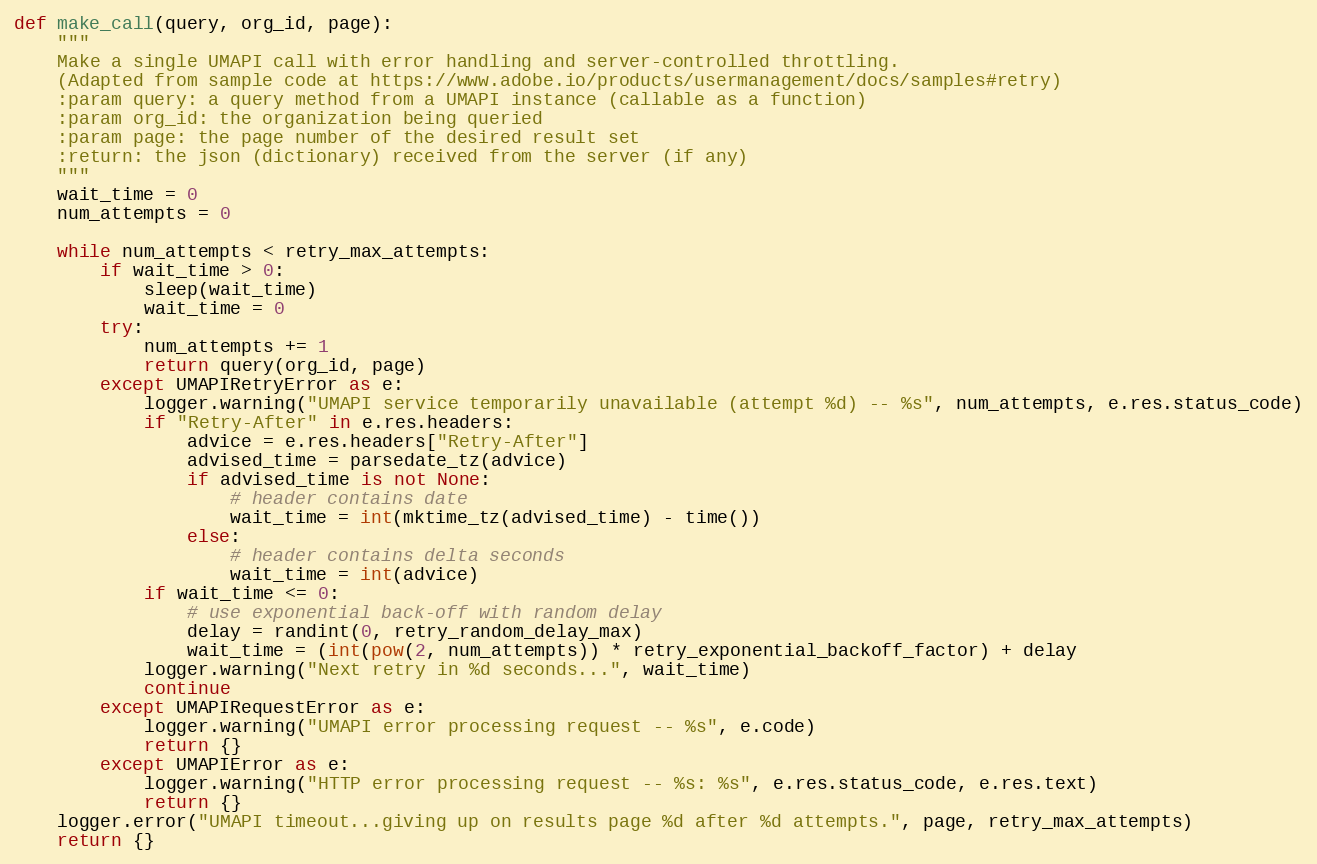
Language: Python
def make_call(query, org_id, page):
    """
    Make a single UMAPI call with error handling and server-controlled throttling.
    (Adapted from sample code at https://www.adobe.io/products/usermanagement/docs/samples#retry)
    :param query: a query method from a UMAPI instance (callable as a function)
    :param org_id: the organization being queried
    :param page: the page number of the desired result set
    :return: the json (dictionary) received from the server (if any)
    """
    wait_time = 0
    num_attempts = 0

    while num_attempts < retry_max_attempts:
        if wait_time > 0:
            sleep(wait_time)
            wait_time = 0
        try:
            num_attempts += 1
            return query(org_id, page)
        except UMAPIRetryError as e:
            logger.warning("UMAPI service temporarily unavailable (attempt %d) -- %s", num_attempts, e.res.status_code)
            if "Retry-After" in e.res.headers:
                advice = e.res.headers["Retry-After"]
                advised_time = parsedate_tz(advice)
                if advised_time is not None:
                    # header contains date
                    wait_time = int(mktime_tz(advised_time) - time())
                else:
                    # header contains delta seconds
                    wait_time = int(advice)
            if wait_time <= 0:
                # use exponential back-off with random delay
                delay = randint(0, retry_random_delay_max)
                wait_time = (int(pow(2, num_attempts)) * retry_exponential_backoff_factor) + delay
            logger.warning("Next retry in %d seconds...", wait_time)
            continue
        except UMAPIRequestError as e:
            logger.warning("UMAPI error processing request -- %s", e.code)
            return {}
        except UMAPIError as e:
            logger.warning("HTTP error processing request -- %s: %s", e.res.status_code, e.res.text)
            return {}
    logger.error("UMAPI timeout...giving up on results page %d after %d attempts.", page, retry_max_attempts)
    return {}